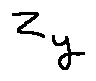
z _ { y }